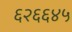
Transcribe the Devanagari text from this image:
६२६६४५